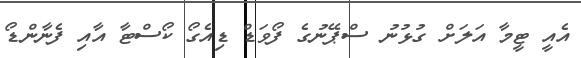
އެއީ ޓީމާ އަލަށް ގުޅުނު ސްޕޭނުގެ ފޯވަޑް ޑިއެގޯ ކޯސްޓާ އާއި ފެނާންޑޯ